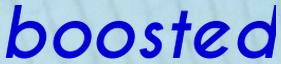
boosted